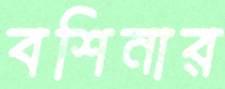
বশিনার